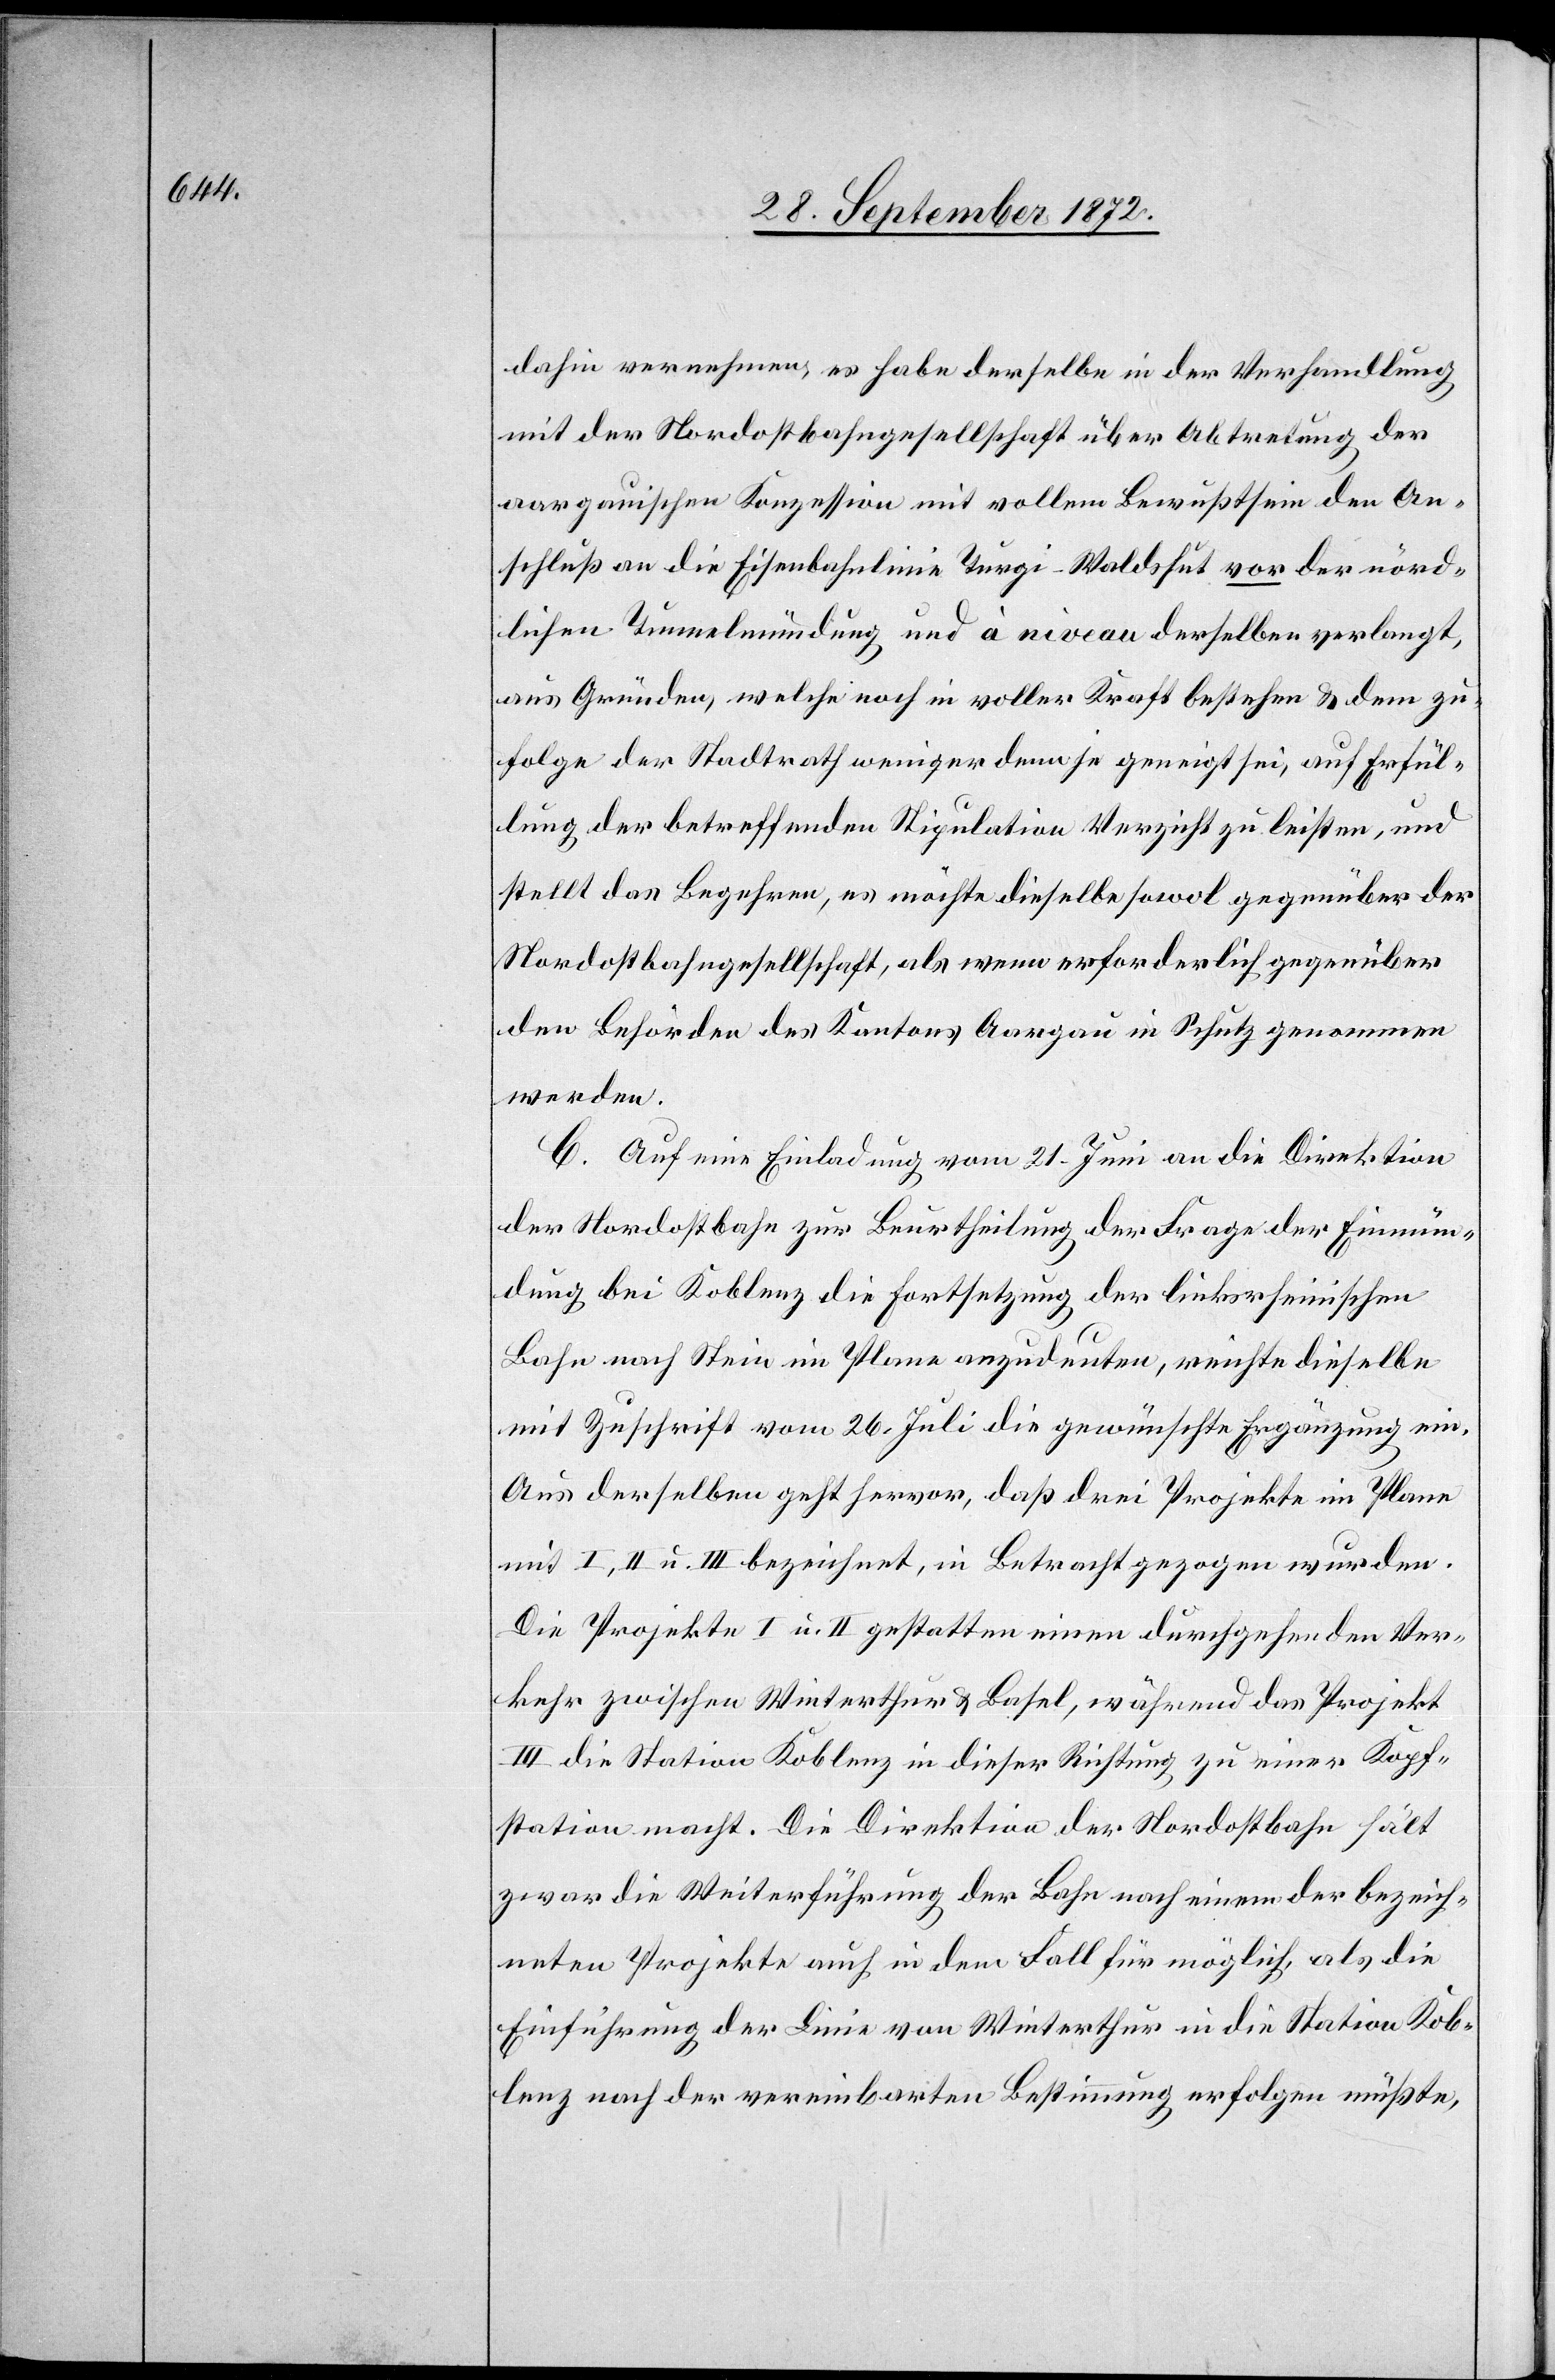
dahin vernehmen, es habe derselbe in der Verhandlung
mit der Nordostbahngesellschaft über Abtretung der
aargauischen Konzession mit vollem Bewußtsein den An¬
schluß an die Eisenbahnlinie Turgi–Waldshut vor der nörd¬
lichen Tunnelmündung und à niveau derselben verlangt,
aus Gründen, welche noch in voller Kraft bestehen u. dem zu¬
folge der Stadtrath weniger denn je geneigt sei, auf Erfül¬
lung der betreffenden Stipulation Verzicht zu leisten, und
stellt das Begehren, es möchte dieselbe sowol gegenüber der
Nordostbahngesellschaft, als wenn erforderlich gegenüber
den Behörden des Kantons Aargau in Schutz genommen
werden.
C. Auf eine Einladung vom 21. Juni an die Direktion
der Nordostbahn zur Beurtheilung der Frage der Einmün¬
dung bei Koblenz die Fortsetzung der linksrheinischen
Bahn nach Stein im Plane anzudeuten, reichte dieselbe
mit Zuschrift vom 26. Juli die gewünschte Ergänzung ein.
Aus derselben geht hervor, daß drei Projekte im Plane
mit I, II u. III bezeichnet, in Betracht gezogen wurden.
Die Projekte I u. II gestatten einen durchgehenden Ver¬
kehr zwischen Winterthur u. Basel, während das Projekt
III die Station Koblenz in dieser Richtung zu einer Kopf¬
station macht. Die Direktion der Nordostbahn hält
zwar die Weiterführung der Bahn nach einem der bezeich¬
neten Projekte auch in dem Fall für möglich, als die
Einführung der Linie von Winterthur in die Station Kob¬
lenz nach der vereinbarten Bestimmung erfolgen müßte,